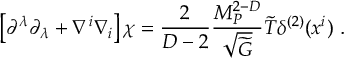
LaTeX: \left[ \partial ^ { \lambda } \partial _ { \lambda } + \nabla ^ { i } \nabla _ { i } \right] \chi = { \frac { 2 } { D - 2 } } { \frac { M _ { P } ^ { 2 - D } } { \sqrt { \widetilde G } } } { \widetilde T } \delta ^ { ( 2 ) } ( x ^ { i } ) ~ .